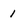
Character: 1